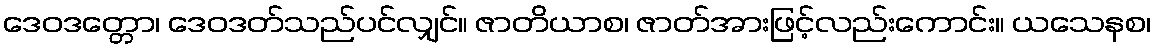
ဒေဝဒတ္တော၊ ဒေဝဒတ်သည်ပင်လျှင်။ ဇာတိယာစ၊ ဇာတ်အားဖြင့်လည်းကောင်း။ ယသေနစ၊